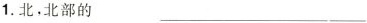
1.北，北部的 ___